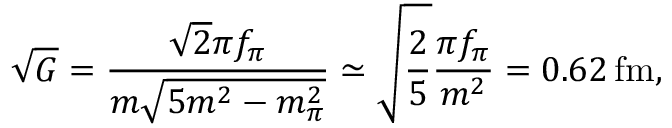
\sqrt { G } = \frac { \sqrt { 2 } \pi f _ { \pi } } { m \sqrt { 5 m ^ { 2 } - m _ { \pi } ^ { 2 } } } \simeq \sqrt { \frac { 2 } { 5 } } \frac { \pi f _ { \pi } } { m ^ { 2 } } = 0 . 6 2 \, \mathrm { f m } ,